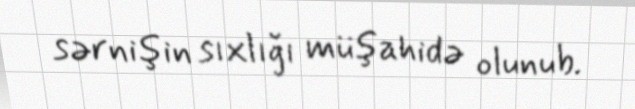
sərnişin sıxlığı müşahidə olunub.